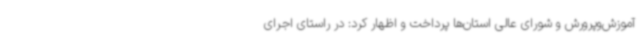
آموزش‌وپرورش و شورای عالی استان‌ها پرداخت و اظهار کرد: در راستای اجرای